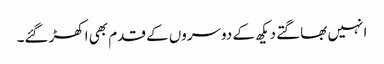
ا نہیں بھاگتے دیکھ کے دوسروں کے قدم بھی اکھڑ گئے۔